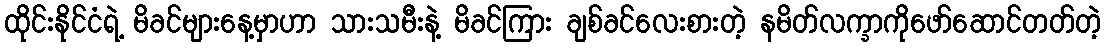
ထိုင်းနိုင်ငံရဲ့ မိခင်များနေ့မှာဟာ သားသမီးနဲ့ မိခင်ကြား ချစ်ခင်လေးစားတဲ့ နမိတ်လက္ခာကိုဖော်ဆောင်တတ်တဲ့